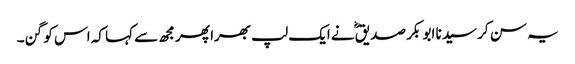
یہ سن کر سیدنا ابو بکر صدیقؓ نے ایک لپ بھرا پھر مجھ سے کہا کہ اس کو گن۔